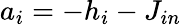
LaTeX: a_{i}=-h_{i}-J_{in}